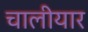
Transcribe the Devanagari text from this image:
चालीयार